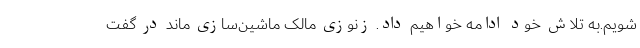
شویم.به تلاش خود ادامه خواهیم داد. زنوزی مالک ماشین‌سازی ماند در گفت